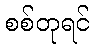
စစ်တုရင်